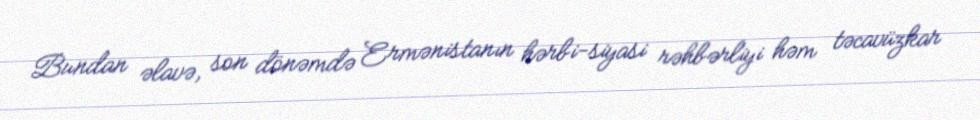
Bundan əlavə, son dönəmdə Ermənistanın hərbi-siyasi rəhbərliyi həm təcavüzkar